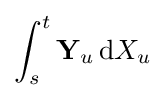
\int _{s}^{t}\mathbf {Y} _{u}\,\mathrm {d} X_{u}